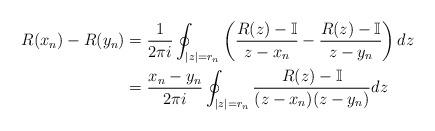
LaTeX: \begin{align*}R(x_n) - R(y_n) & = \frac{1}{2\pi i} \oint_{|z|= r_n} \left(\frac{R(z)-\mathbb{I}}{z-x_n} - \frac{R(z)-\mathbb{I}}{z-y_n} \right) dz \\& = \frac{x_n-y_n}{2\pi i} \oint_{|z|=r_n}\frac{R(z) - \mathbb{I}}{(z-x_n)(z-y_n)} dz\end{align*}